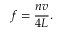
f = { \frac { n v } { 4 L } } .